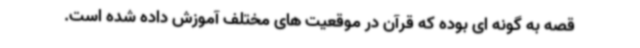
قصه به گونه ای بوده که قرآن در موقعیت های مختلف آموزش داده شده است.